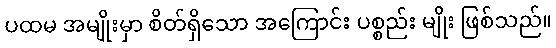
ပထမ အမျိုးမှာ စိတ်ရှိသော အကြောင်း ပစ္စည်း မျိုး ဖြစ်သည်။